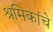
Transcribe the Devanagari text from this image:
श्रमिकांचे